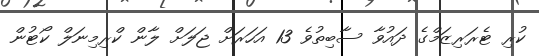
ކުރި ޓެރަރިޒަމްގެ ދައުވާ ސާބިތުވެ 13 އަހަރަށް ޖަލަށް ލާން ކްރިމިނަލް ކޯޓުން